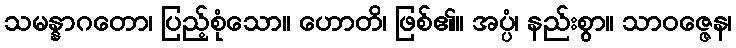
သမန္နာဂတော၊ ပြည့်စုံသော။ ဟောတိ၊ ဖြစ်၏။ အပ္ပံ၊ နည်းစွာ။ သာဝဇ္ဇေန၊